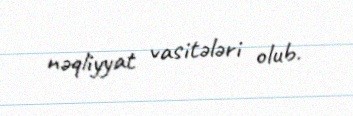
nəqliyyat vasitələri olub.